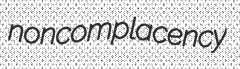
noncomplacency